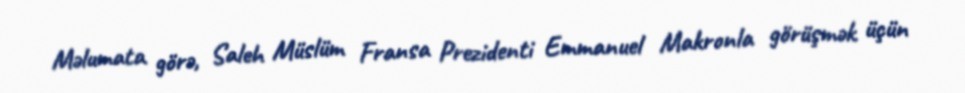
Məlumata görə, Saleh Müslüm Fransa Prezidenti Emmanuel Makronla görüşmək üçün